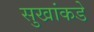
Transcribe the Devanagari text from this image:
सुखांकडे